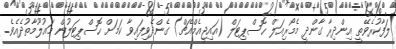
ލަފާކުރެވޭތީ އިންދިރާ ގާންދީ މެމޯރިއަލް ހޮސްޕިޓަލް (އައިޖީއެމްއެޗް) ގެންދެވިފައިވާ ކަމަށް ހޮސްޕިޓަލުން މައުލޫމާތުދެއެވެ.